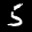
Label: 5